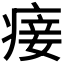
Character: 𰣴